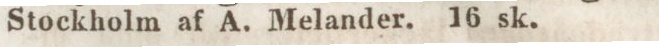
Stockholm af A. Melander. 16 sk.